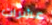
عشرات